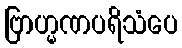
ဗြာဟ္မဏပရိသံပေ